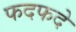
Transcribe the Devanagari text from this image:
फदफदे